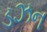
ડઝન